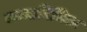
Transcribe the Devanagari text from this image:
जन्मानिमित्त